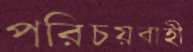
পরিচয়বাহী